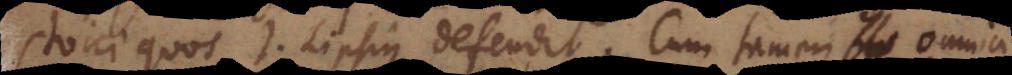
Stoici quos J. Lipsius defendit, cum tamen omnia